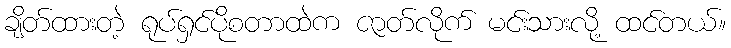
ချိတ်ထားတဲ့ ရုပ်ရှင်ပိုစတာထဲက ဇာတ်လိုက် မင်းသားလို့ ထင်တယ်။